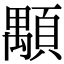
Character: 顒